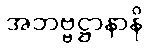
အဘဗ္ဗဋ္ဌာနာနိ